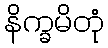
နိက္ခမိတုံ